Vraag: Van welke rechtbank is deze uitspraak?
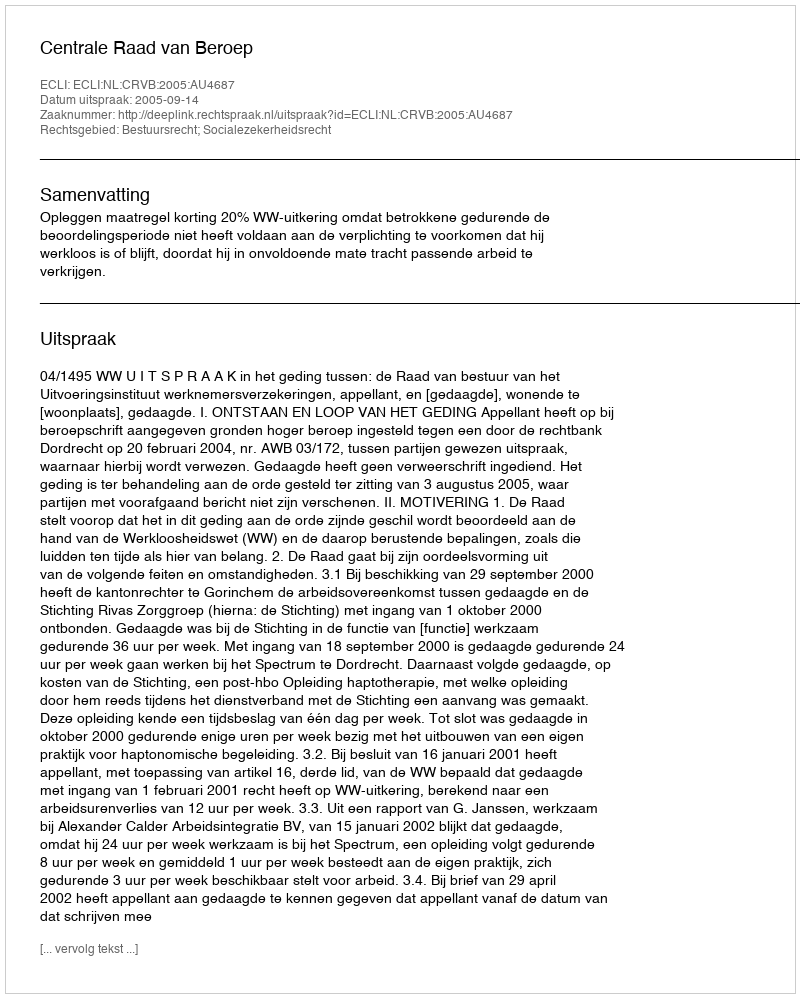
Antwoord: Centrale Raad van Beroep